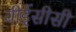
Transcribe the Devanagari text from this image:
वीईसीसी